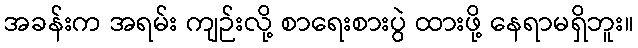
အခန်းက အရမ်း ကျဉ်းလို့ စာရေးစားပွဲ ထားဖို့ နေရာမရှိဘူး။